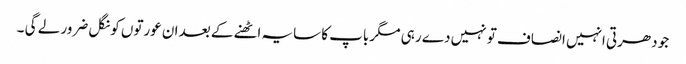
جو دھرتی انہیں انصاف تو نہیں دے رہی مگر باپ کا سایہ اٹھنے کے بعد ان عورتوں کو نگل ضرور لے گی ۔